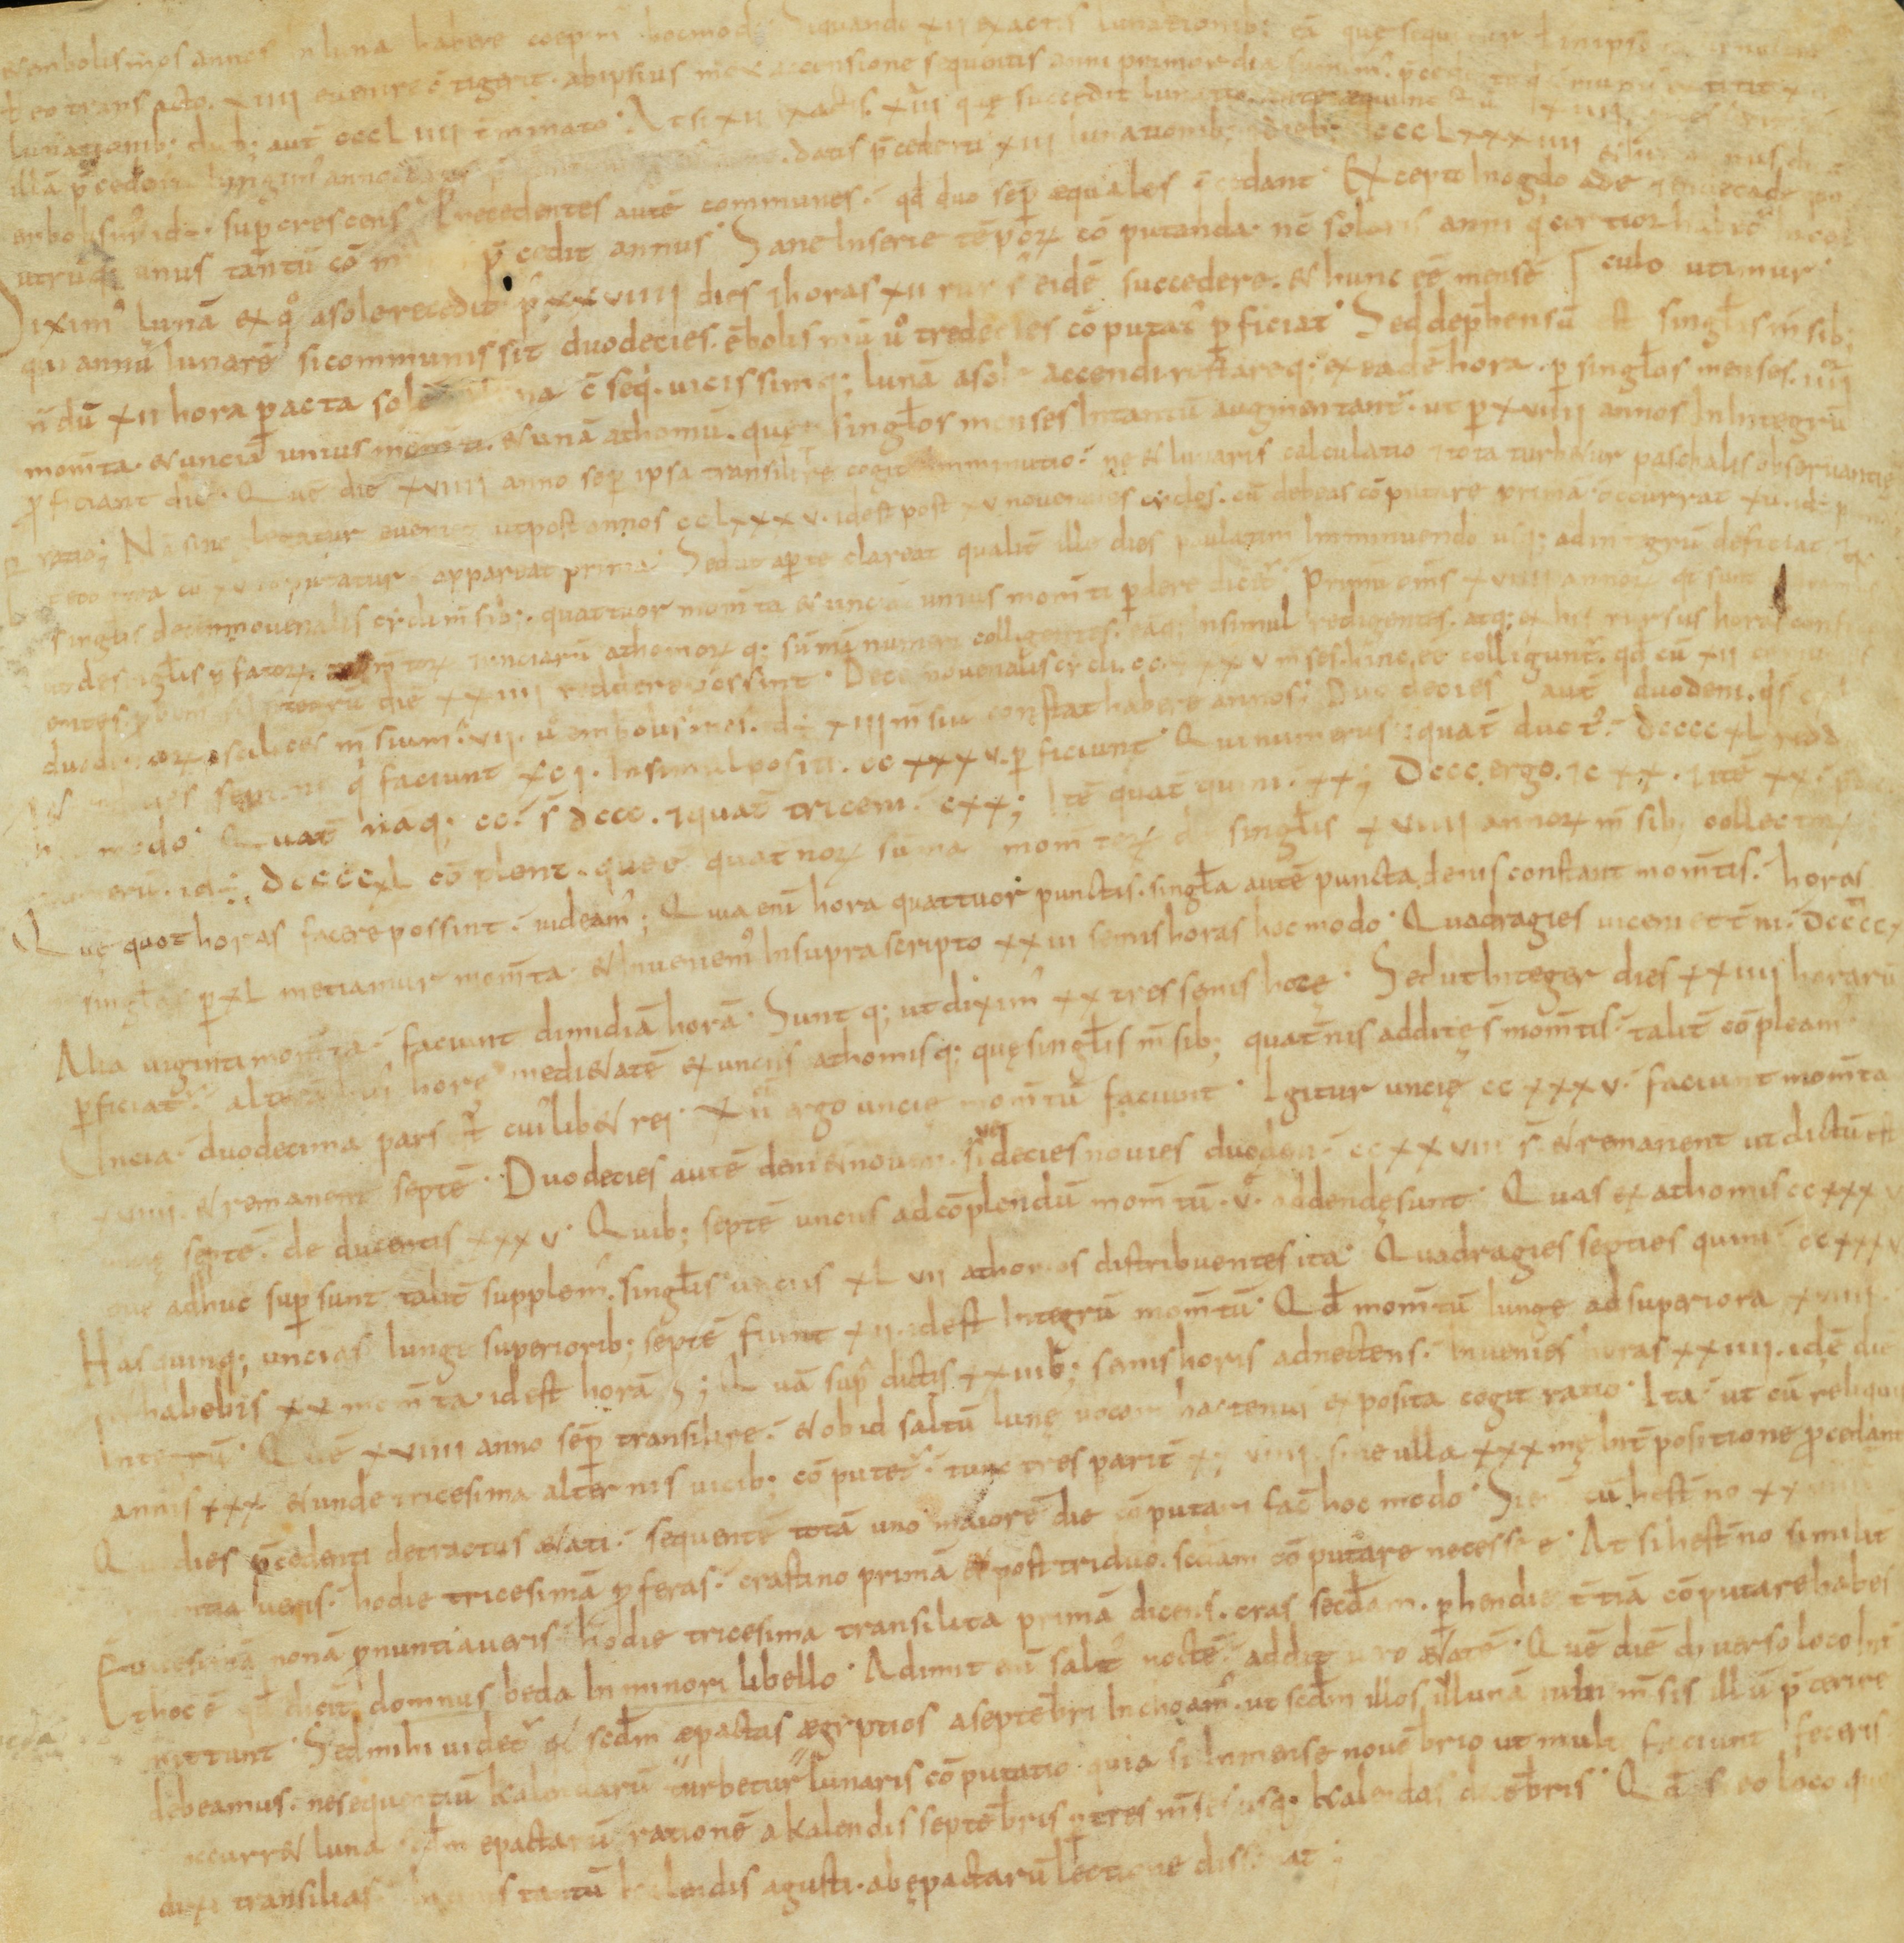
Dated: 821–851